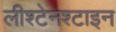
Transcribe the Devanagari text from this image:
लीश्टेनश्टाइन